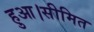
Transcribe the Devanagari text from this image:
हुआ।सीमित